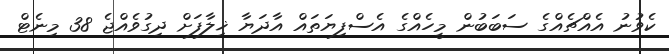
ކެވުނު އެއްޗެއްގެ ސަބަބުން މީހެއްގެ އެސްފިޔަތައް އާދަޔާ ޚިލާފަށް ދިގުވެއްޖެ 38 މިނެޓް